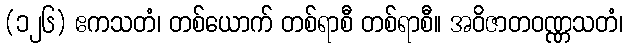
(၁၂၆) ဧကသတံ၊ တစ်ယောက် တစ်ရာစီ တစ်ရာစီ။ အဝိဇာတဝဏ္ဏသတံ၊